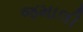
જમાલી